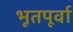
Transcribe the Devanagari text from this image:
भूतपूर्वा